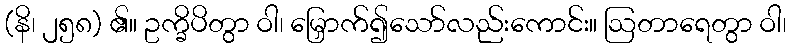
(နိ၊ ၂၅၈) ၏။ ဥက္ခိပိတွာ ဝါ၊ မြှောက်၍သော်လည်းကောင်း။ ဩတာရေတွာ ဝါ၊